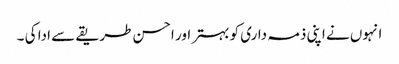
انہوں نے اپنی ذمہ داری کو بہتر اور احسن طریقے سے ادا کی ۔